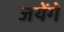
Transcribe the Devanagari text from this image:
जयेंगे